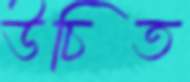
উচিত